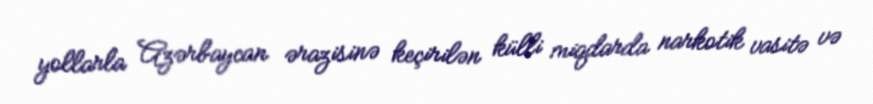
yollarla Azərbaycan ərazisinə keçirilən külli miqdarda narkotik vasitə və